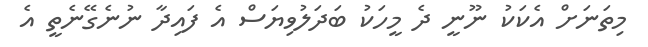
މިތަނަށް އެކަކު ނޫނީ ދެ މީހަކު ބަދަލުވިޔަސް އެ ފައިދާ ނުނެގޭނެތީ އެ